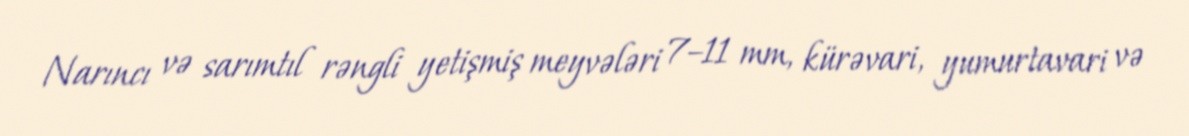
Narıncı və sarımtıl rəngli yetişmiş meyvələri 7–11 mm, kürəvari, yumurtavari və